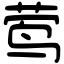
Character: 莺